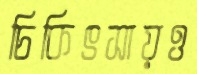
চিকিৎসায়ও